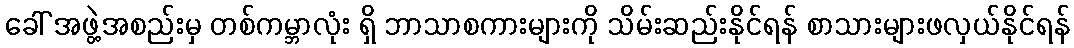
ခေါ် အဖွဲ့အစည်းမှ တစ်ကမ္ဘာလုံး ရှိ ဘာသာစကားများကို သိမ်းဆည်းနိုင်ရန် စာသားများဖလှယ်နိုင်ရန်